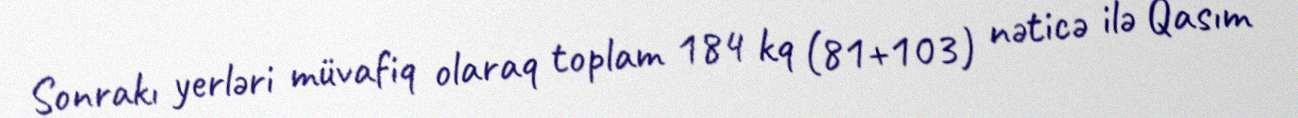
Sonrakı yerləri müvafiq olaraq toplam 184 kq (81+103) nəticə ilə Qasım